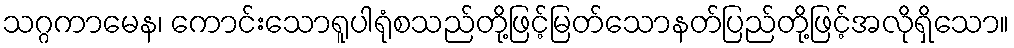
သဂ္ဂကာမေန၊ ကောင်းသောရူပါရုံစသည်တို့ဖြင့်မြတ်သောနတ်ပြည်တို့ဖြင့်အလိုရှိသော။